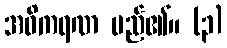
အဓိကရဏ မည်၏။ (၃)